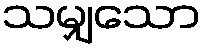
သမျှသော